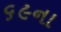
૬૯ના